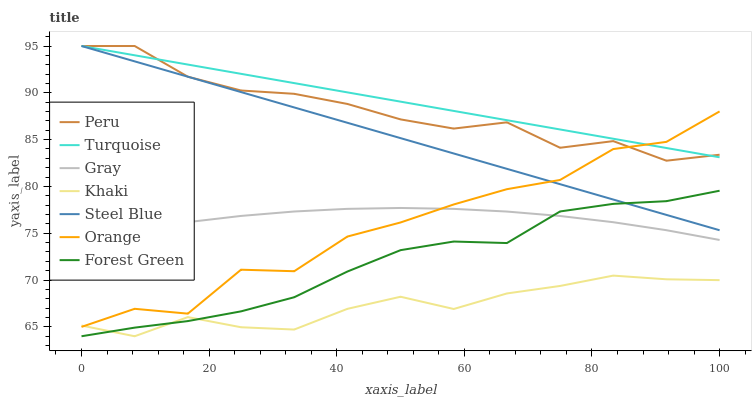
| xaxis_label | Peru | Turquoise | Gray | Khaki | Steel Blue | Orange | Forest Green |
 | --- | --- | --- | --- | --- | --- | --- | --- |
 | 0 | 95 | 95 | 74.3 | 65.1 | 95 | 65 | 64 |
 | 8.33 | 95 | 94 | 75.3 | 64 | 93.4 | 66.9 | 64.9 |
 | 16.7 | 91.7 | 93 | 76.2 | 66 | 91.7 | 66.4 | 65.6 |
 | 25 | 90.2 | 92 | 76.9 | 65 | 90.1 | 71.1 | 66.7 |
 | 33.3 | 89.9 | 91 | 77.3 | 64.7 | 88.4 | 70.9 | 68.2 |
 | 41.7 | 88.8 | 90 | 77.6 | 66.9 | 86.8 | 74.6 | 70.9 |
 | 50 | 87.2 | 89.1 | 77.7 | 68.2 | 85.2 | 76.2 | 73.2 |
 | 58.3 | 86.2 | 88.1 | 77.6 | 66.9 | 83.5 | 78.1 | 74.1 |
 | 66.7 | 86.8 | 87.1 | 77.3 | 68.6 | 81.9 | 79.7 | 74 |
 | 75 | 84.1 | 86.1 | 76.8 | 69.4 | 80.2 | 80.7 | 77.3 |
 | 83.3 | 84.8 | 85.1 | 76.2 | 70.5 | 78.6 | 84 | 78.1 |
 | 91.7 | 82.7 | 84.1 | 75.3 | 70.1 | 77 | 84.8 | 78.4 |
 | 100 | 83.4 | 83.1 | 74.3 | 70 | 75.3 | 88 | 79.5 |